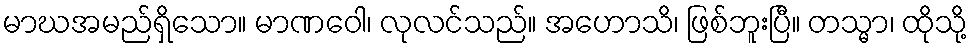
မာဃအမည်ရှိသော။ မာဏဝေါ၊ လုလင်သည်။ အဟောသိ၊ ဖြစ်ဘူးပြီ။ တသ္မာ၊ ထိုသို့